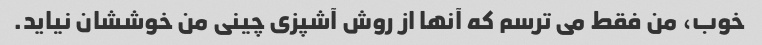
خوب، من فقط می ترسم که آنها از روش آشپزی چینی من خوششان نیاید.